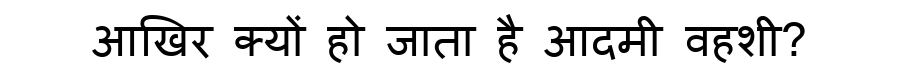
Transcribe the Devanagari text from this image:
आखिर क्यों हो जाता है आदमी वहशी?